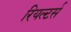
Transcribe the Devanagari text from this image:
रियल्टर्स